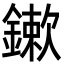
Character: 鏉